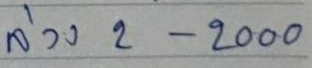
ล่าง 2 - 2000